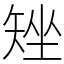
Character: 矬